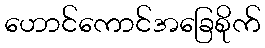
ဟောင်ကောင်အခြေစိုက်